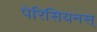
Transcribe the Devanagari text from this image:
पेरिसियनस्